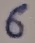
Text: 6